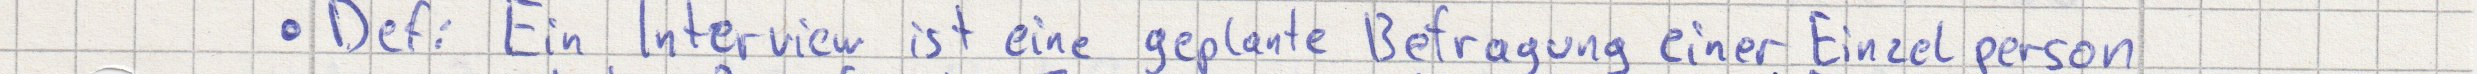
Def: Ein Interview ist eine geplante Befragung einer Einzelperson